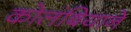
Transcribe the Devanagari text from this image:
कोलंबियाने